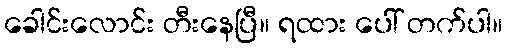
ခေါင်းလောင်း တီးနေပြီ။ ရထား ပေါ် တက်ပါ။